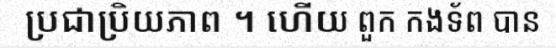
ប្រជាប្រិយភាព ។ ហើយ ពួក កងទ័ព បាន